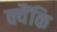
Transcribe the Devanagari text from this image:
क्यैंकि